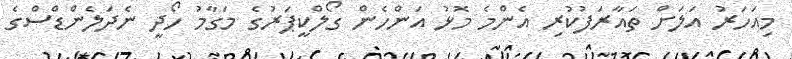
މިއަހަރު އަލަށް ތައާރަފުކުރި އެންމެ މޮޅު އަންހެން ގޯލްކީޕަރުގެ މަގާމު ހޯދީ ނެދަލެންޑްސްގެ